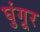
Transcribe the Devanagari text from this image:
घुंगूर